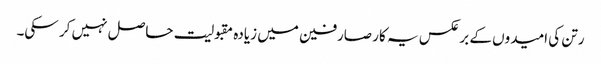
رتن کی امیدوں کے برعکس یہ کار صارفین میں زیادہ مقبولیت حاصل نہیں کر سکی۔